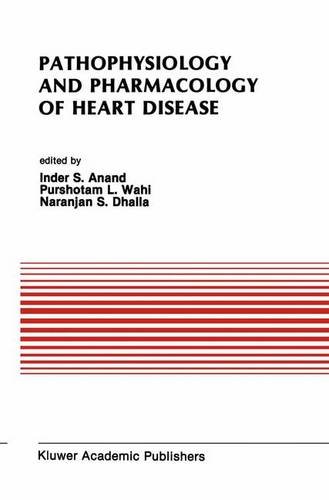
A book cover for Pathophysiology and Pharmacology of Heart Disease: Proceedings of the symposium held by the Indian section of the International Society for Heart ... (Developments in Cardiovascular Medicine); Medical Books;